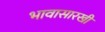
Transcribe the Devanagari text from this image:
भावासारखी